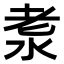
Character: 𣴐